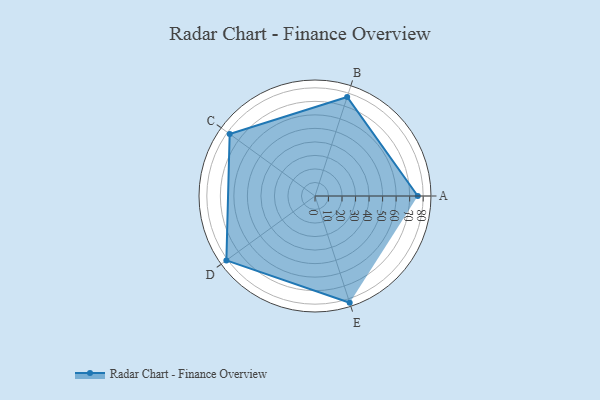
{"axis": {"x": "Skill", "y": "Score"}, "legend": ["Profile"], "data": [{"x": "A", "y": 76.0, "type": "Profile"}, {"x": "B", "y": 77.0, "type": "Profile"}, {"x": "C", "y": 78.0, "type": "Profile"}, {"x": "D", "y": 81.0, "type": "Profile"}, {"x": "E", "y": 83.0, "type": "Profile"}]}